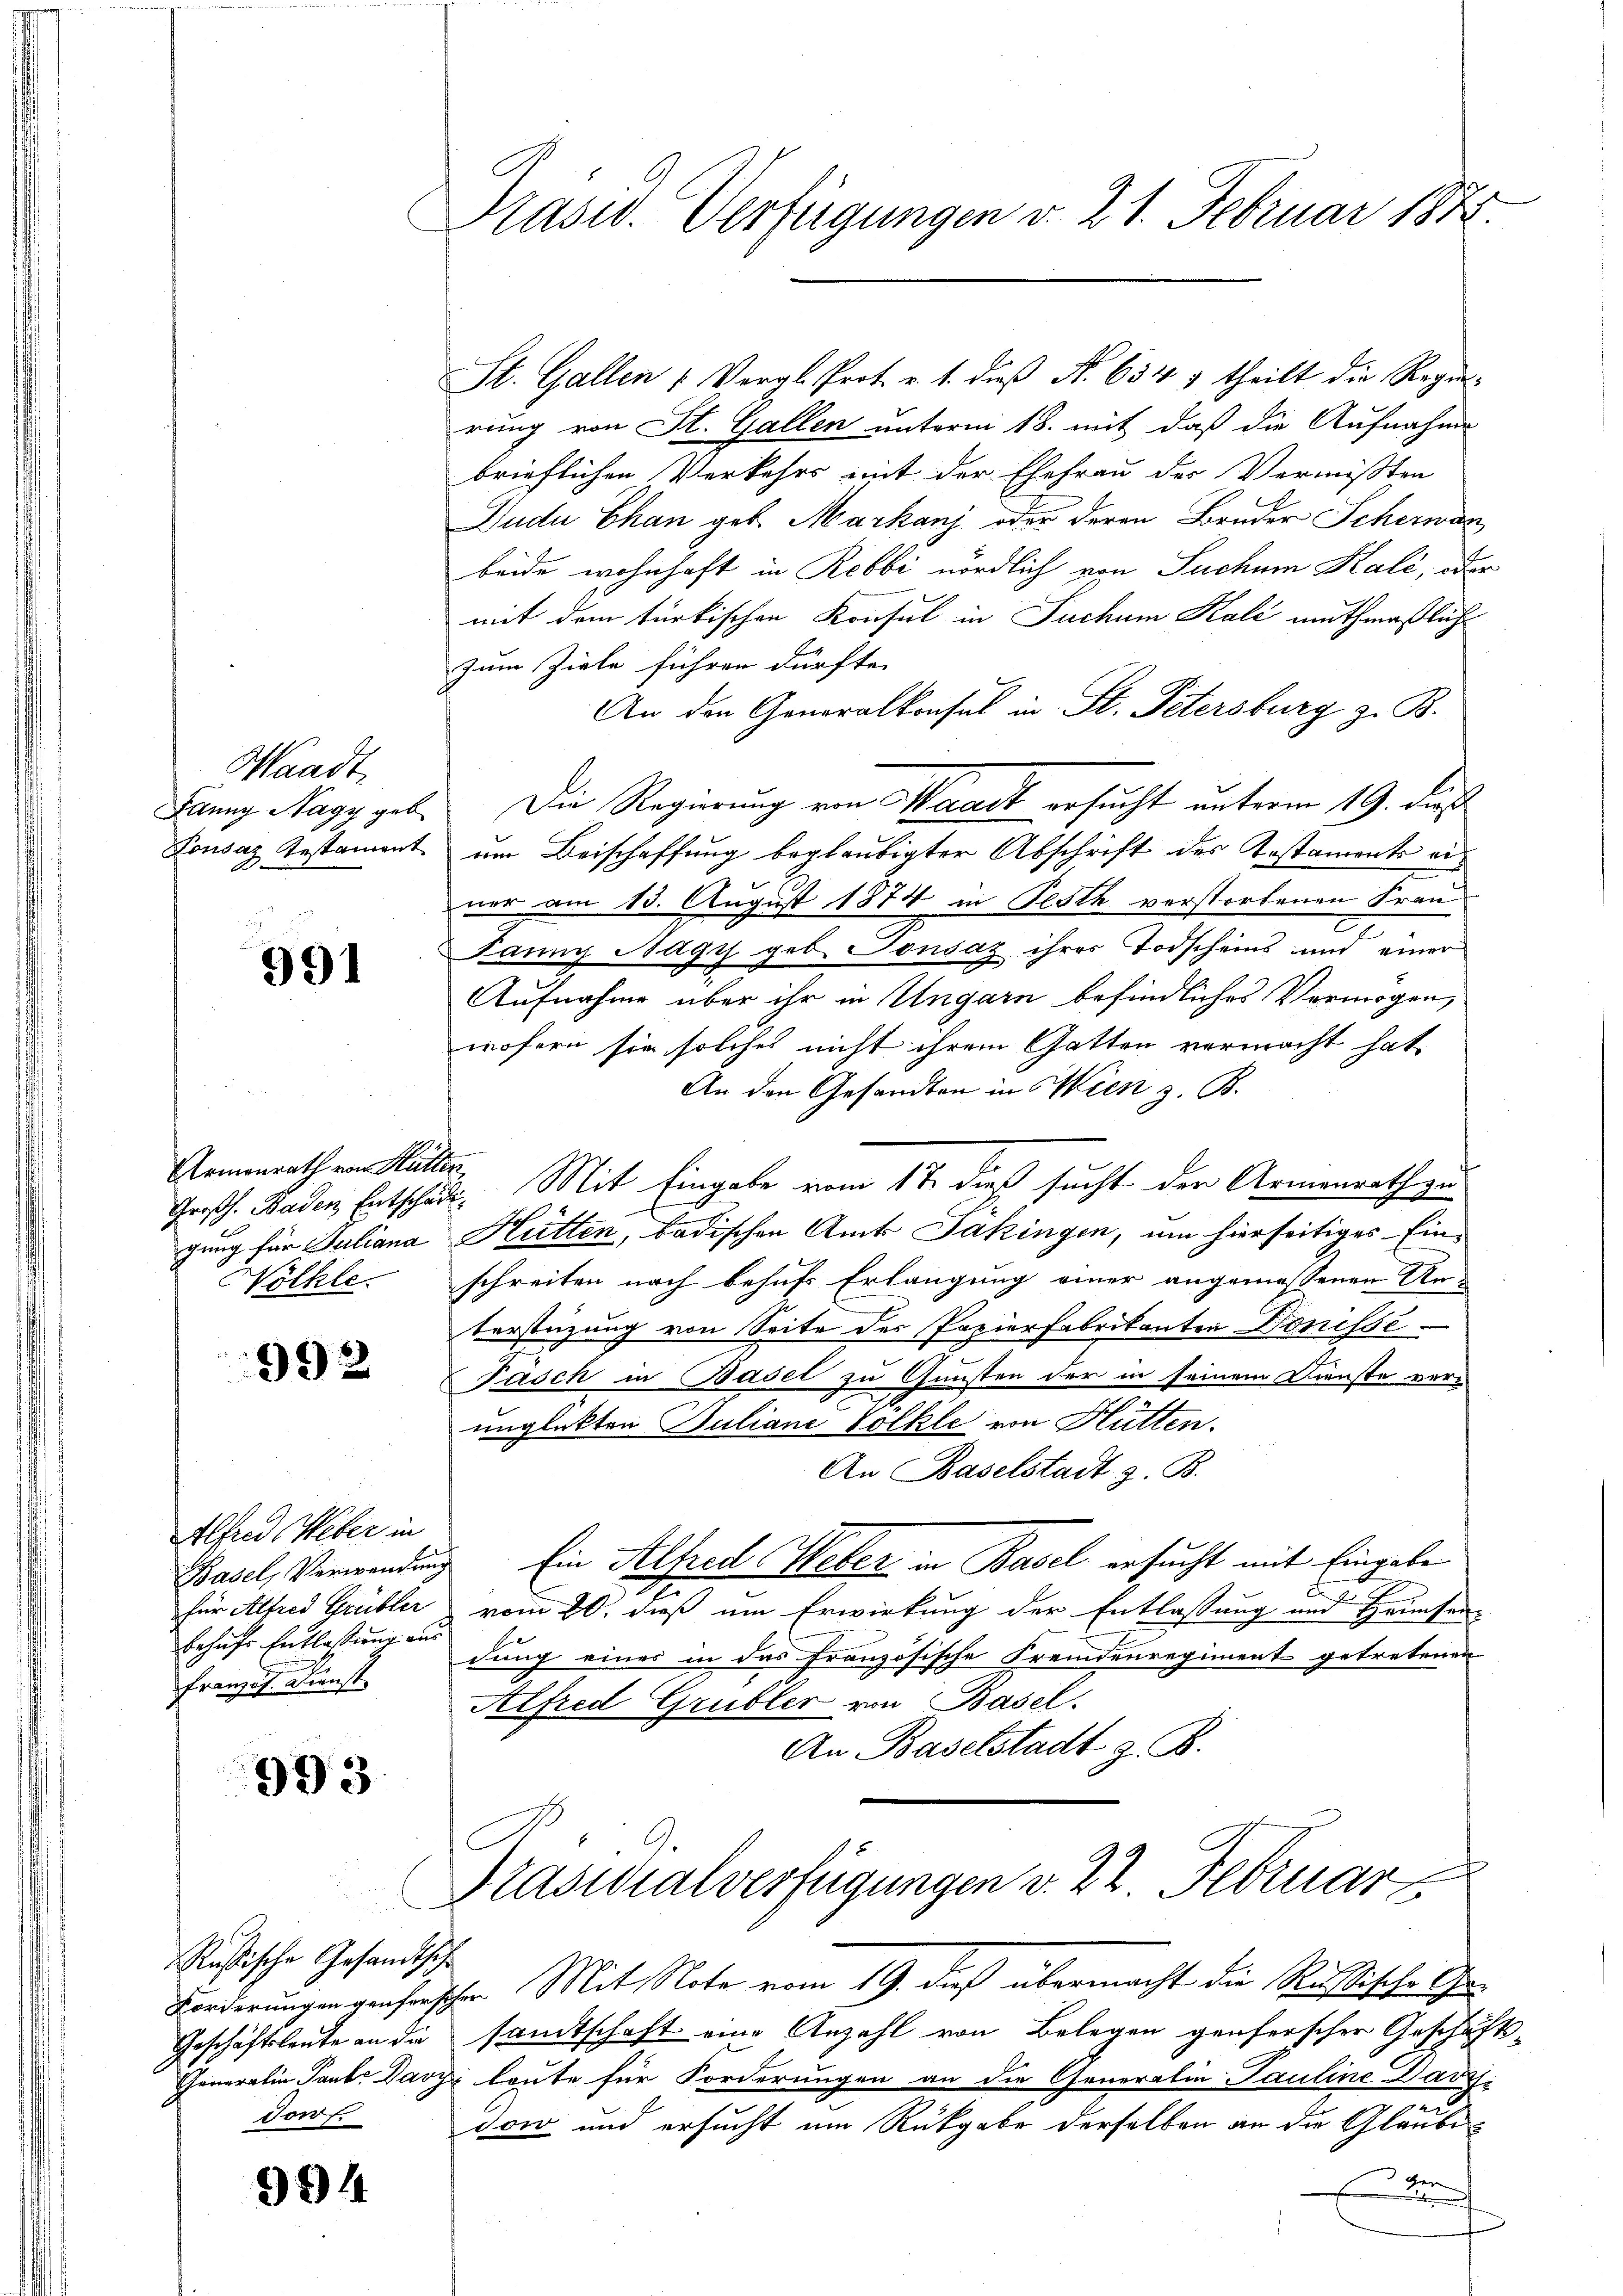
Waadt,
Janny Nagy geb
Lousaz Testament

991

Armenrath von Hütter
gung für Juliana
Wölhle.

992

Alfred Heber in
Basel, Verwendung
für Alfred Grübler
behufs Entlassung aus
Französ. Dienst

993.

Rußische Gesandtsch
Geschäftsleute an die
Forf.

994

Präsid. Verfügungen v. 21. Februar 1848.

St. Gallen 1 Vergl. Prot. v. 1. dieß N. 654 & theilt die Regierung von St. Gallen unterm 18. mit daß die Aufnahme
brieflichen Verkehrs mit der Ehefrau des Vermißten
Jude Chan geb. Markanj oder deren Bruder Scherwan
beide wohnhaft in Rebbi nördlich von Suchem Kalé, oder
mit dem türkischen Konsul in Fuchum Kale muthmaßlich
zum Ziele führen dürfte.
An den Generalkonsul in St. Petersburg z. B.
Die Regierung von Waadt ersucht unterm 19. dieß
um Beischaffung beglaubigter Abschrift des Kostaments einer am 13. August 1874 in Festh verstorbenen Frau
.
Janny Nagy geb. Tousaz ihrer Todscheins und einer
Aufnahme über ihr in Ungarn befindliches Vermögen,
wofern sie solches nicht ihrem Gatten vermacht hat
An den Gesandten in Wien z. B.
Großh. Baden Entschade. Mit Eingabe vom 17. dieß sucht der Armenrath zu
Hütten, badischen Amts Jakingen, um hierseitiges Einschreiten nach behufs Erlangung einer angemessenen Anterstüzung von Seite des Papierfabrikanten Donisse
Pasch in Basel zu Gunsten der in seinem Dienste verunglükten Juliane Volkle von Hütten.
An Baselstadt z. B.
 Ein Alfred Weber in Basel ersucht mit Eingabe
vom 20. dieß um Erwirkung der Entlassung und Hausen-
dung eines in das französische Fremdenregiment getretenen
Alfred Grübler von Basel.
An Baselstadt z. B.
Präsidialverfügungen v. 22. Februar
Forderungen genfrischen. Mit Note vom 19. daß übermacht die Rußischelgesandtschaft eine Anzahl von Belegen genferscher Geschäfts-
Generalin Paul Davz laute für Forderungen an die Generalin Pauline Darzdon und ersucht um Rückgabe derselben an die Glaubed